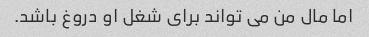
اما مال من می تواند برای شغل او دروغ باشد.